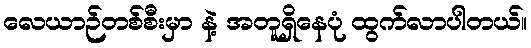
လေယာဉ်တစ်စီးမှာ နဲ့ အတူရှိနေပုံ ထွက်လာပါတယ်။